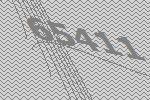
65411